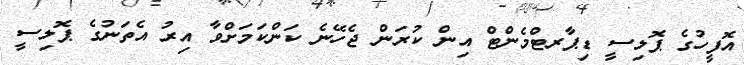
އޮފީހުގެ ޕޮލިސީ ޑިޕާރޓްމެންޓް އިން ކުރަން ޖެހޭނެ ކަންކަމަށްވާ އިރު އެތަނުގެ ޕޮލިސީ